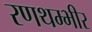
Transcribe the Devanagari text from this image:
रणथम्भीर